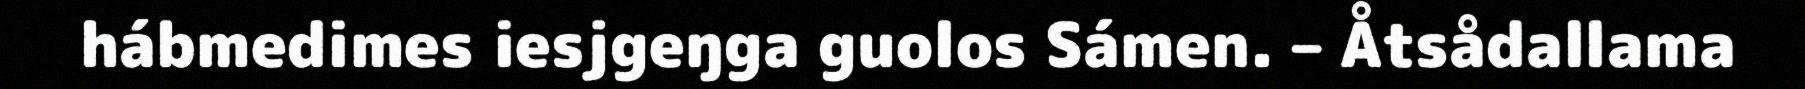
hábmedimes iesjgeŋga guolos Sámen. – Åtsådallama